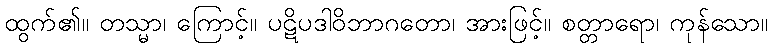
ထွက်၏။ တသ္မာ၊ ကြောင့်။ ပဋိပဒါဝိဘာဂတော၊ အားဖြင့်။ စတ္တာရော၊ ကုန်သော။